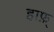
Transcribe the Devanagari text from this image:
हाफ़्